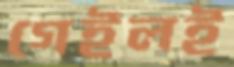
গেইলই